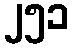
၂၅၁